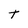
Character: t